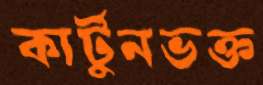
কার্টুনভক্ত